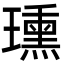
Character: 𤪠